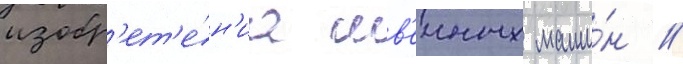
изобр'ет'е́н'иа шв'еиных маши́н //